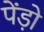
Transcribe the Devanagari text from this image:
पेंड़ो